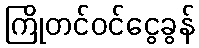
ကြိုတင်ဝင်ငွေခွန်